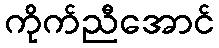
ကိုက်ညီအောင်